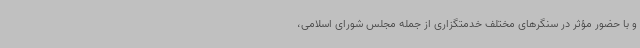
و با حضور مؤثر در سنگرهای مختلف خدمتگزاری از جمله مجلس شورای اسلامی،